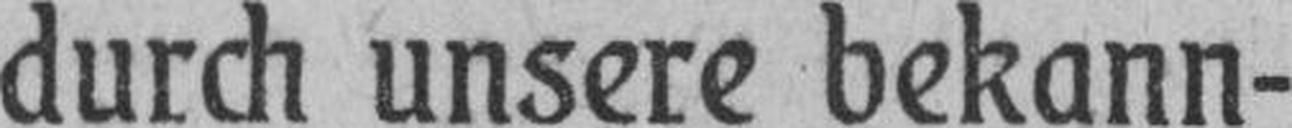
durch unsere bekann¬